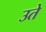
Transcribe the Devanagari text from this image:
उते